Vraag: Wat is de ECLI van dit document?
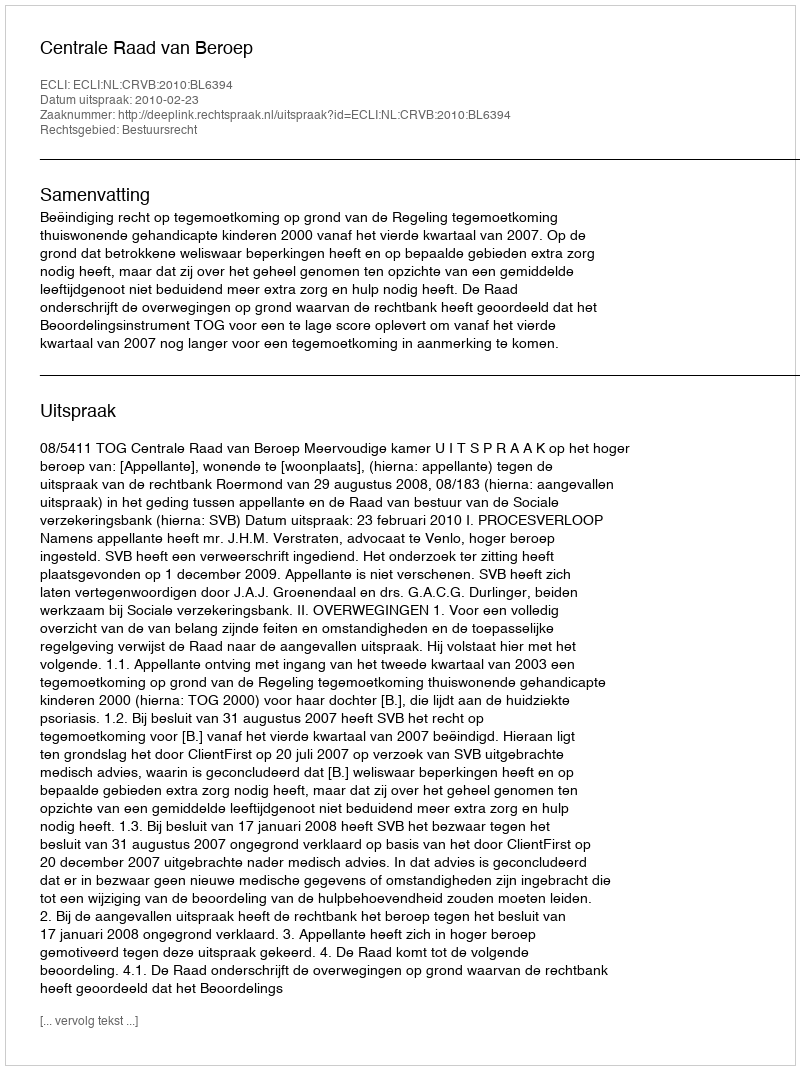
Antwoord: ECLI:NL:CRVB:2010:BL6394